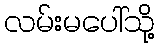
လမ်းမပေါ်သို့